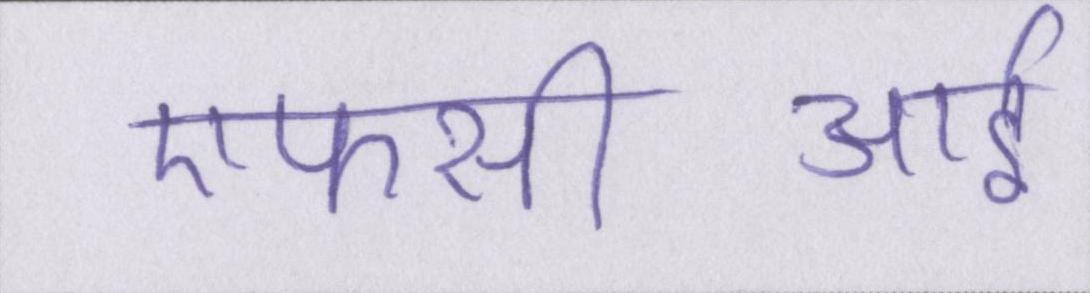
एफसीआई